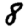
Digit: 8